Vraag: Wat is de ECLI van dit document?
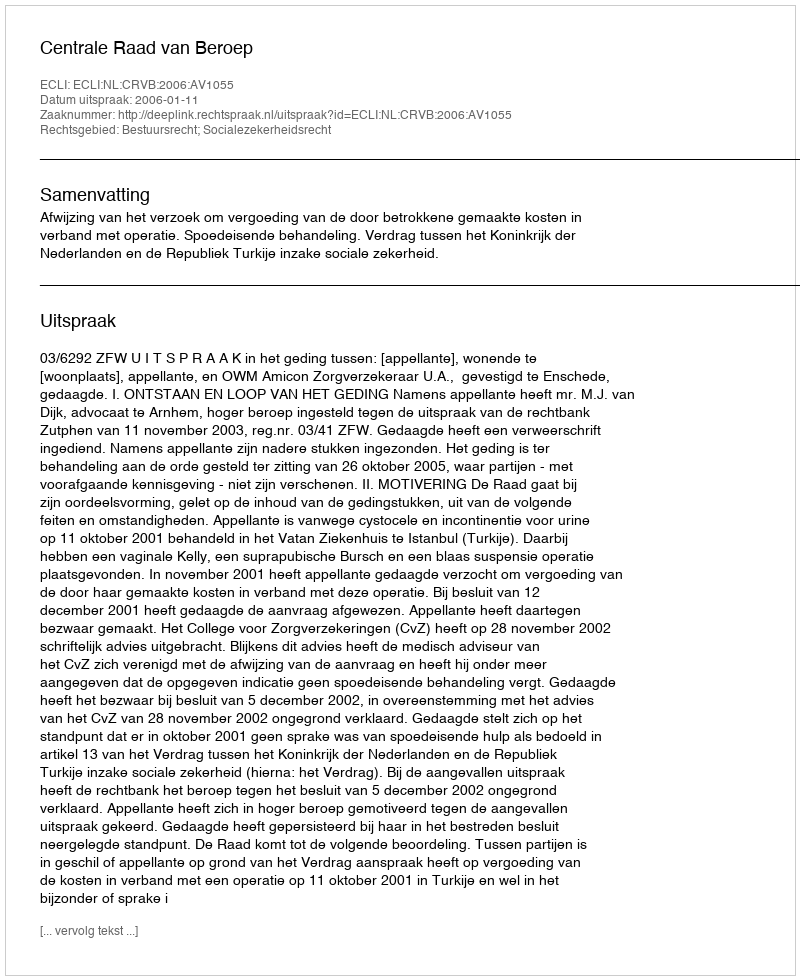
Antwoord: ECLI:NL:CRVB:2006:AV1055